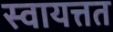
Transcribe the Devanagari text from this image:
स्वायत्तत